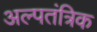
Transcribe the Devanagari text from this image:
अल्पतंत्रिक